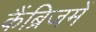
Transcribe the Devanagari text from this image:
कैंब्रिजमें